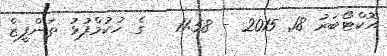
އޮކްޓޯބަރު 18